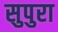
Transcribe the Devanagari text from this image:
सुपुरा